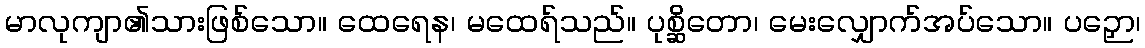
မာလုကျာ၏သားဖြစ်သော။ ထေရေန၊ မထေရ်သည်။ ပုစ္ဆိတော၊ မေးလျှောက်အပ်သော။ ပဉှော၊